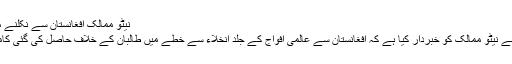
نیٹو ممالک افغانستان سے نکلنے میں جلدی نہ کریں، رابرٹ گیٹس
امریکی وزیرِدفاع رابرٹ گیٹس نے نیٹو ممالک کو خبردار کیا ہے کہ افغانستان سے عالمی افواج کے جلد انخلاء سے خطے میں طالبان کے خلاف حاصل کی گئی کامیابیاں خطرے میں پڑ سکتی ہیں۔